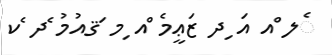
ެލ ްއ އަ ިދ ޒަޢީމެ ްއ ިމ ަޤއުމު ެދ ެކ